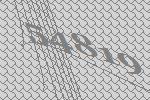
54819